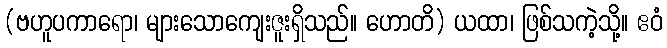
(ဗဟူပကာရော၊ များသောကျေးဇူးရှိသည်။ ဟောတိ) ယထာ၊ ဖြစ်သကဲ့သို့။ ဧဝံ